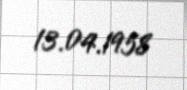
13.04.1958